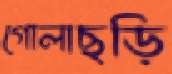
গোলাছড়ি